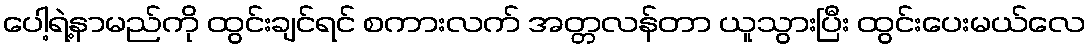
ပေါ့ရဲ့နာမည်ကို ထွင်းချင်ရင် စကားလက် အတ္တလန်တာ ယူသွားပြီး ထွင်းပေးမယ်လေ